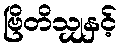
ဗြိတိသျှနှင့်